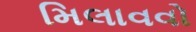
મિલાવવો